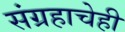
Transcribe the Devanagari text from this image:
संग्रहाचेही